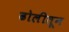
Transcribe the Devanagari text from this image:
ढोलीतून